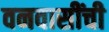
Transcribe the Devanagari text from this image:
वनवासींची